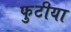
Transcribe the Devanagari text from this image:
फुटीया